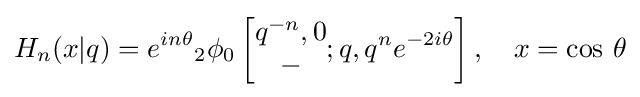
H_{n}(x|q)=e^{in\theta }{}_{2}\phi _{0}\left[{\begin{matrix}q^{-n},0\\-\end{matrix}};q,q^{n}e^{-2i\theta }\right],\quad x=\cos \,\theta